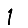
Digit: 1